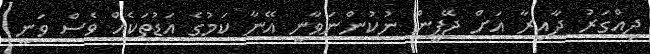
ދިއްގަރު ދާއިރާ އަށް ޖޭޕީން ނުކުންނަވާނީ އޭނާ ކަމުގެ އަޑުތަކެއް ވެސް ވަނީ